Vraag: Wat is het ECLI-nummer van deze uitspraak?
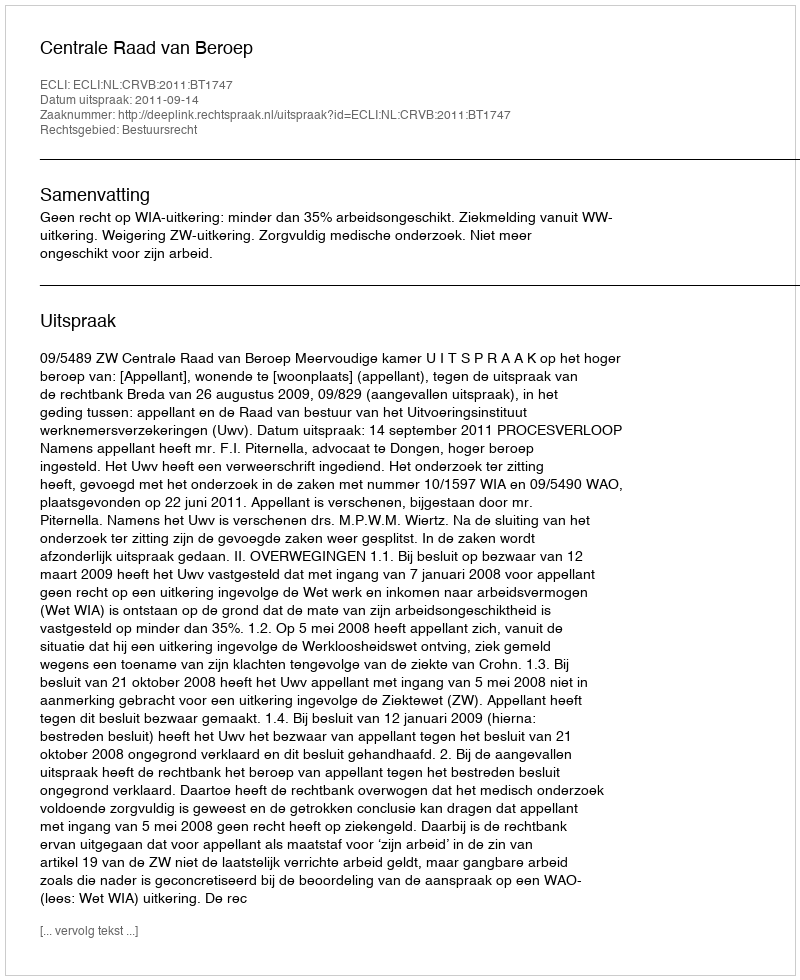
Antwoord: ECLI:NL:CRVB:2011:BT1747